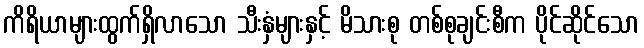
ကိရိယာများထွက်ရှိလာသော သီးနှံများနှင့် မိသားစု တစ်စုချင်းစီက ပိုင်ဆိုင်သော